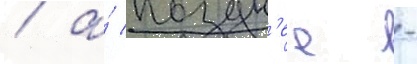
/ а́ поздн'ее -